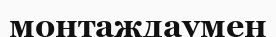
монтаждаумен